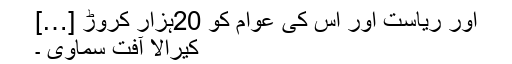
اور ریاست اور اس کی عوام کو 20ہزار کروڑ […]
کیرالا آفت سماوی ۔